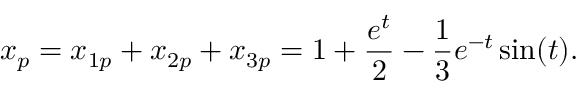
x _ { p } = x _ { 1 p } + x _ { 2 p } + x _ { 3 p } = 1 + { \frac { e ^ { t } } { 2 } } - { \frac { 1 } { 3 } } e ^ { - t } \sin ( t ) .